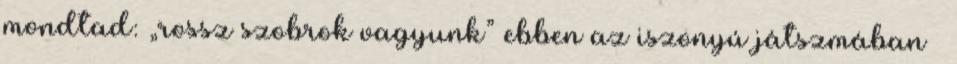
mondtad: „rossz szobrok vagyunk” ebben az iszonyú játszmában –